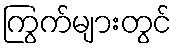
ကြွက်များတွင်